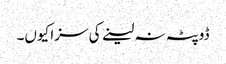
ڈوپٹہ نہ لینے کی سزا کیوں۔